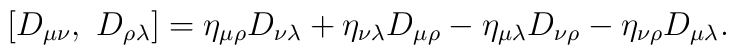
\left[ D_{\mu \nu },\ D_{\rho \lambda }\right] =\eta _{\mu \rho }D_{\nu\lambda }+\eta _{\nu \lambda }D_{\mu \rho }-\eta _{\mu \lambda }D_{\nu \rho}-\eta _{\nu \rho }D_{\mu \lambda }.